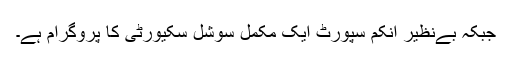
جبکہ بےنظیر انکم سپورٹ ایک مکمل سوشل سکیورٹی کا پروگرام ہے۔